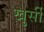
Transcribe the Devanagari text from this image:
खुर्सी